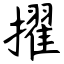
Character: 擢